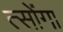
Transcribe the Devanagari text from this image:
त्सोंगा